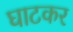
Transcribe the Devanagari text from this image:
घाटकर